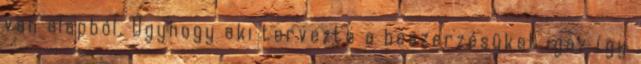
van alapból. Úgyhogy aki tervezte a beszerzésüket igaz így